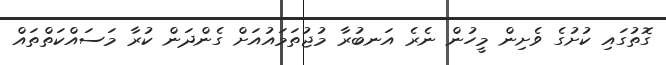
ގޮތުގައި ކުށުގެ ވެށިން މީހުން ނެރެ އަނބުރާ މުޖުތަމައުއަށް ގެންދަން ކުރާ މަސައްކަތްތައް